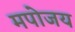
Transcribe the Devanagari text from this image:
मपोजय